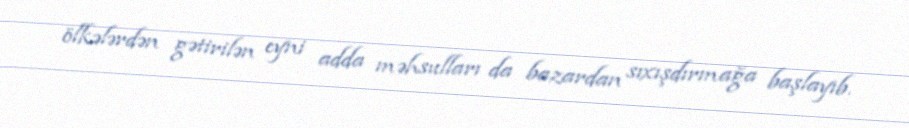
ölkələrdən gətirilən eyni adda məhsulları da bazardan sıxışdırmağa başlayıb.